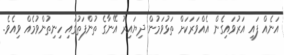
އަނެއް ފައި އަރުވައިގެން އެއްވަރަކަށް ތަޅުވަމުން ދިޔައިރު އޭނާގެ ތުންފަތުގައި ހިނިތުންވުމެއް ވިއެވެ.